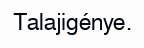
Talajigénye.